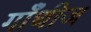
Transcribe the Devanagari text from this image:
गाँधीज